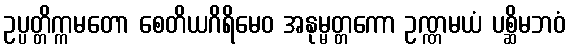
ဥပ္ပတ္တိက္ကမတော စေတိယဂိရိမေဝ အနုမ္မတ္တကော ဥဏ္ဏမယံ ပစ္ဆိမဘဝံ